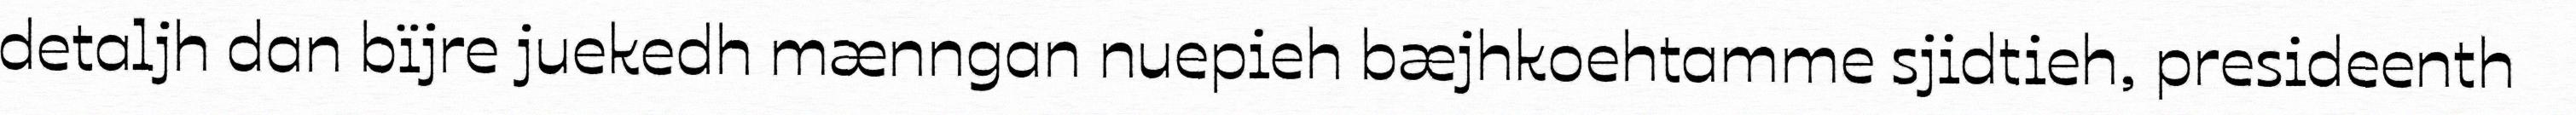
detaljh dan bïjre juekedh mænngan nuepieh bæjhkoehtamme sjidtieh, presideenth